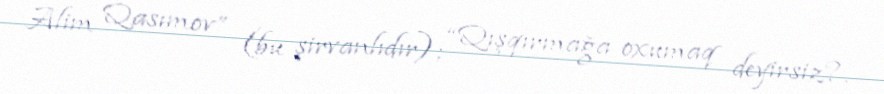
Alim Qasımov” (bu şirvanlıdır); “Qışqırmağa oxumaq deyirsiz?.